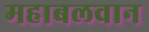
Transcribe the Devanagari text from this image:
महाबलवान